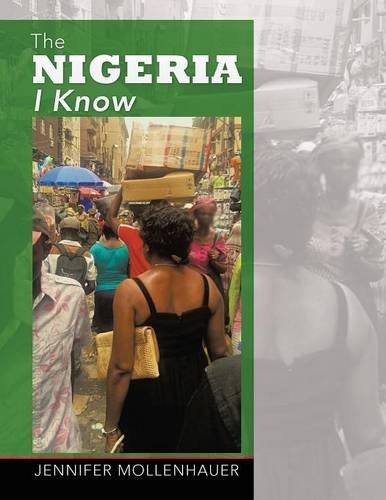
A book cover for The Nigeria I Know; Jennifer Mollenhauer; Travel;